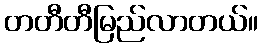
တတီတီမြည်လာတယ်။